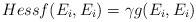
LaTeX: \begin{align*}Hessf(E_i,E_i)=\gamma g(E_i,E_i)\end{align*}